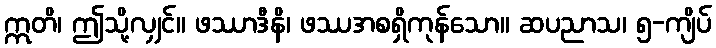
ဣတိ၊ ဤသို့လျှင်။ ဖဿာဒီနိ၊ ဖဿအစရှိကုန်သော။ ဆပညာသ၊ ၅-ကျိပ်